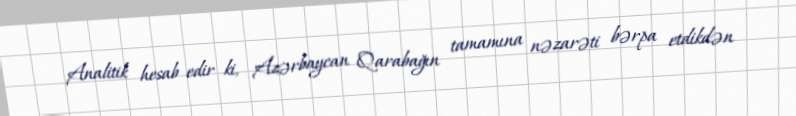
Analitik hesab edir ki, Azərbaycan Qarabağın tamamına nəzarəti bərpa etdikdən